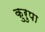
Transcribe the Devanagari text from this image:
कुरुपा